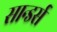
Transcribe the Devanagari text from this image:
सान्डर्स